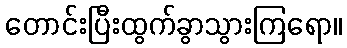
တောင်းပြီးထွက်ခွာသွားကြရော။